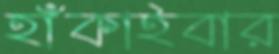
হাঁকাইবার